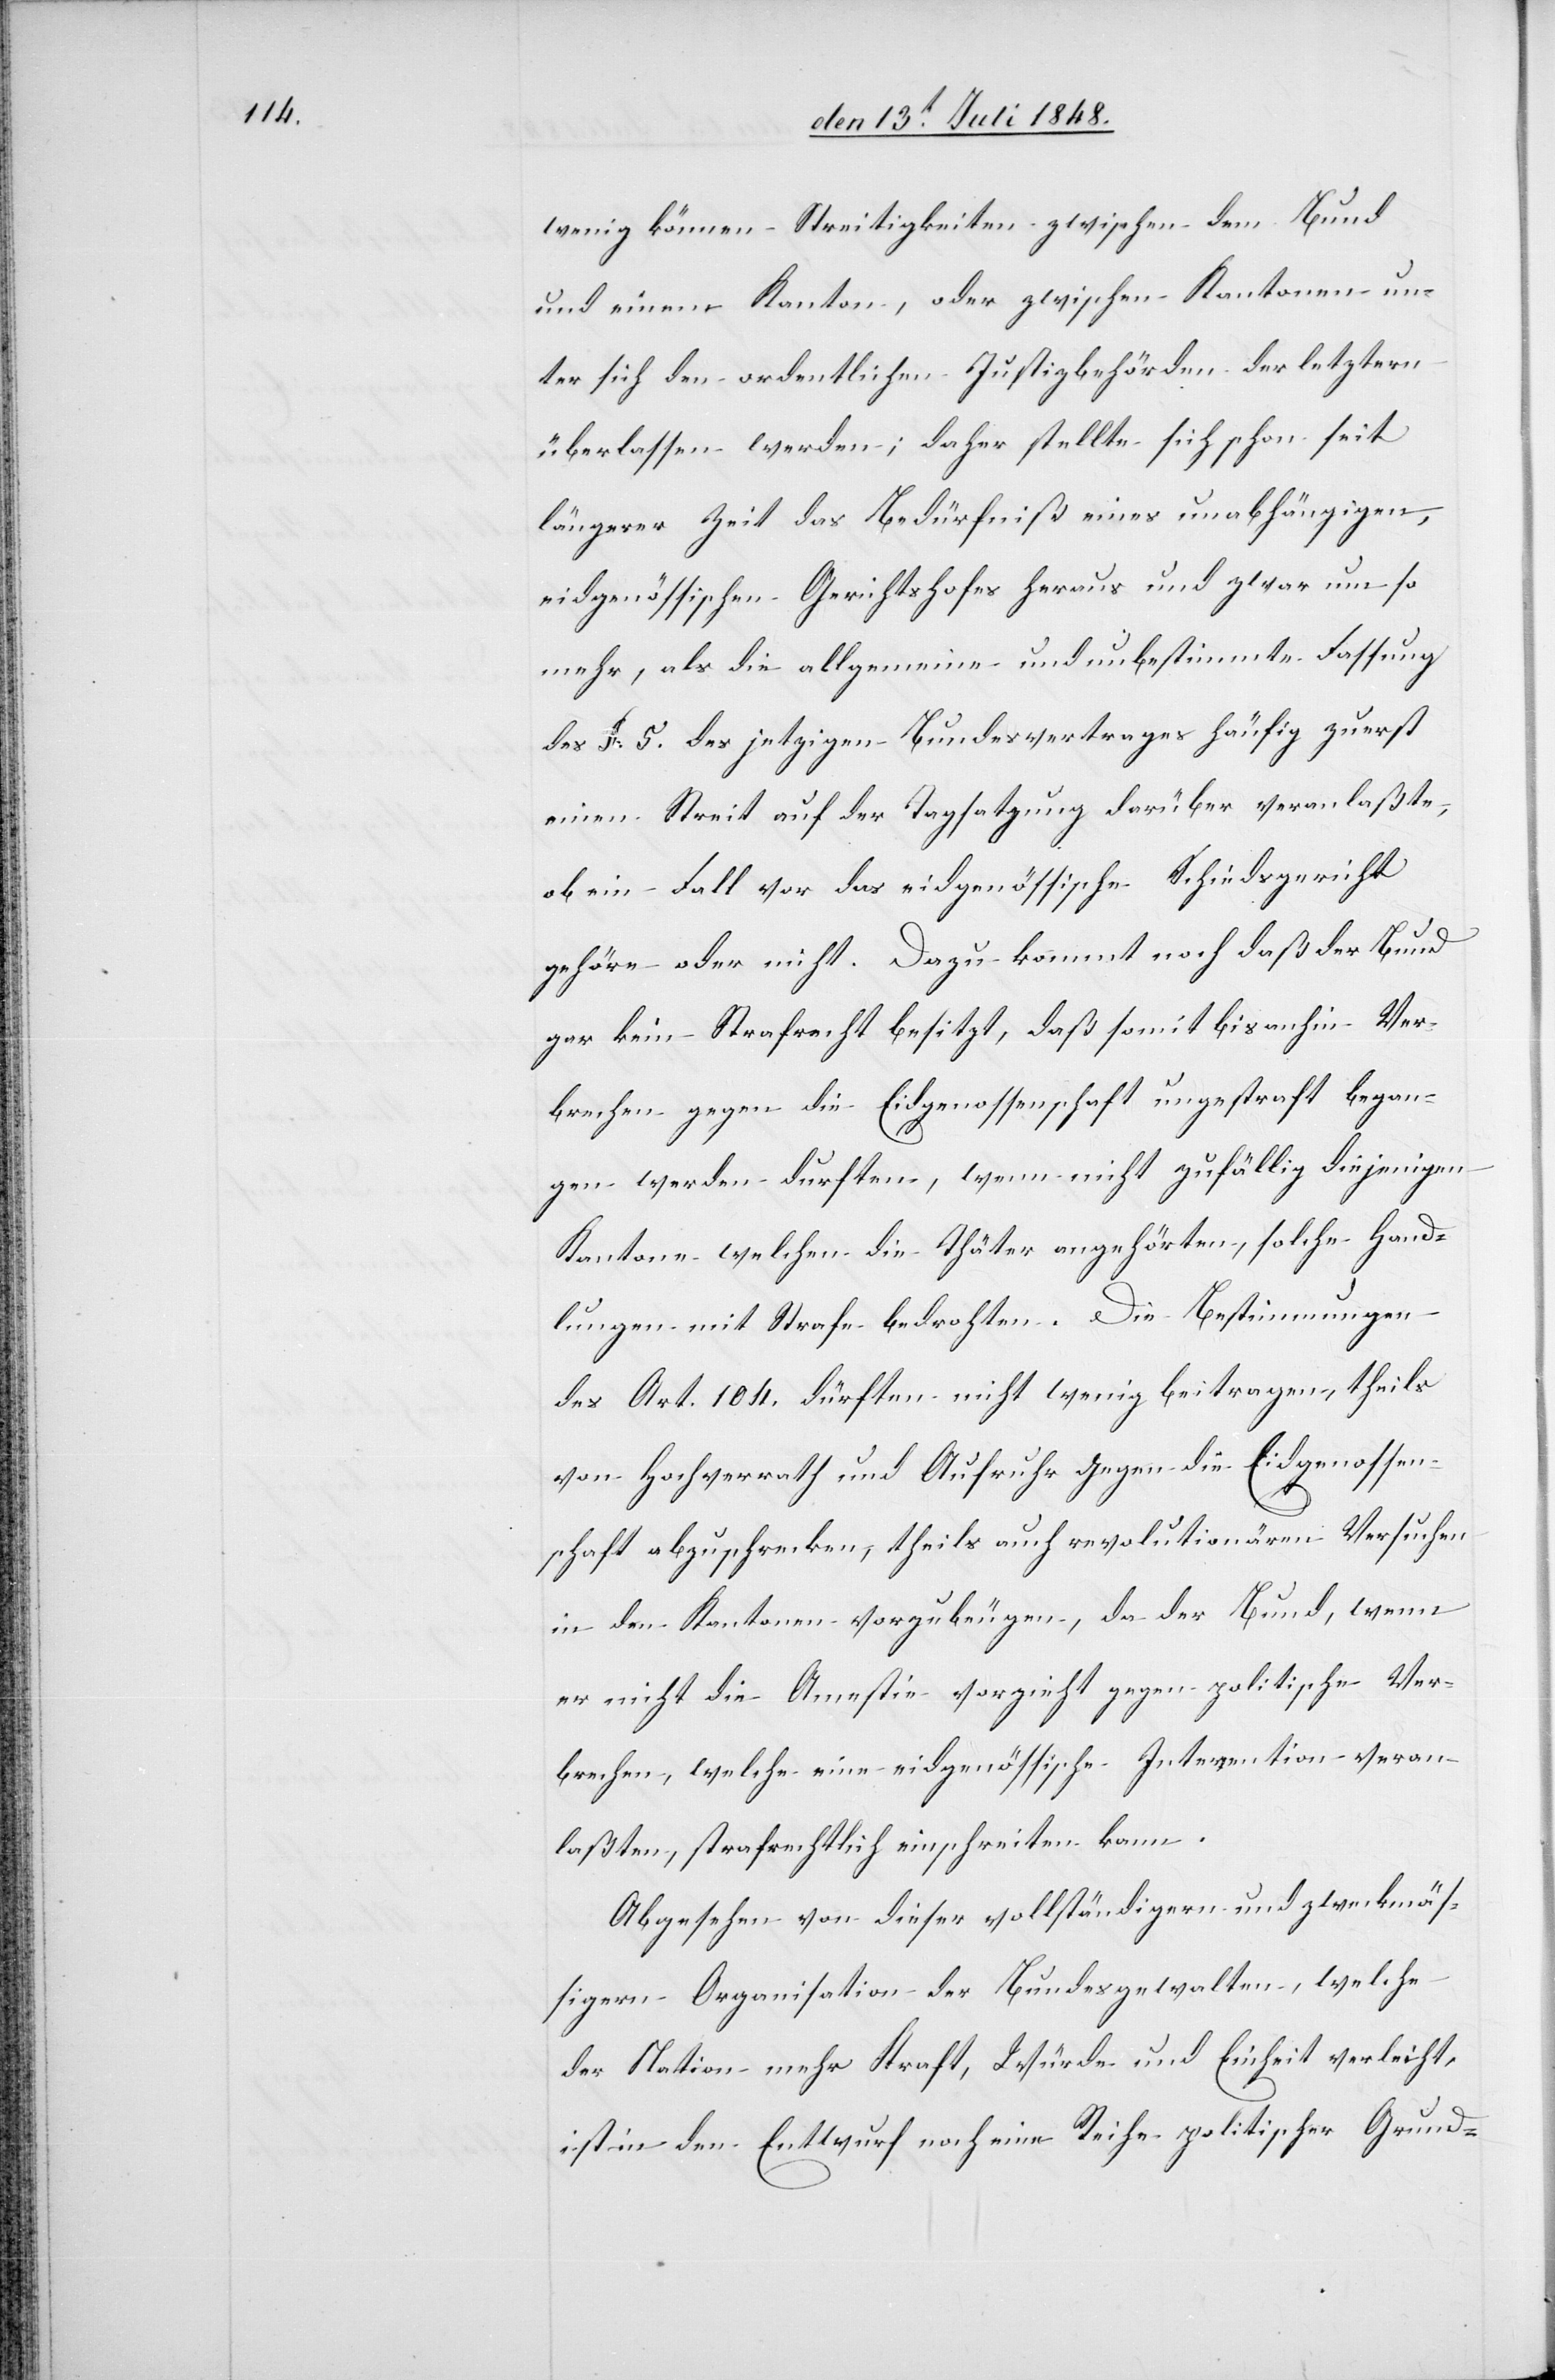
wenig können Streitigkeiten zwischen dem Bund
und einem Kanton, oder zwischen Kantonen un¬
ter sich den ordentlichen Justizbehörden der letztern
überlassen werden; daher stellte sich schon seit
längerer Zeit das Bedürfniß eines unabhängigen,
eidgenössischen Gerichtshofes heraus und zwar um so
mehr, als die allgemeine und unbestimmte Fassung
des §. 5. des jetzigen Bundesvertrages häufig zuerst
einen Streit auf der Tagsatzung drüber veranlaßte,
ob ein Fall vor das eidgenössische Schiedsgericht
gehöre oder nicht. Dazu kommt noch daß der Bund
gar kein Strafrecht besitzt, daß somit bis anhin Ver¬
brechen gegen die Eidgenossenschaft ungestraft began¬
gen werden durften, wenn nicht zufällig diejenigen
Kantone welchen die Thäter angehörten, solche Hand¬
lungen mit Strafe bedrohten. Die Bestimmungen
des Art. 104. dürften nicht wenig beitragen, theils
von Hochverrath und Aufruhr gegen die Eidgenossen¬
schaft abzuschrecken, theils auch revolutionären Versuchen
in den Kantonen vorzubeugen, da der Bund, wenn
er nicht die Amestie vorzieht gegen politische Ver¬
brechen, welche eine eidgenössische Intervention veran¬
laßten, strafrechtlich einschreiten kann.
Abgesehen von dieser vollständigern und zweckmäs¬
sigern Organisation der Bundesgewalten, welche
der Nation mehr Kraft, Würde und Einheit verleiht,
ist in den Entwurf noch eine Reihe politischer Grund-